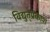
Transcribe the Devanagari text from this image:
विद्युत्‌प्रकाश